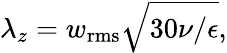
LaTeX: \lambda_{z}=w_{\mathrm{rms}}\sqrt{30\nu/\epsilon},